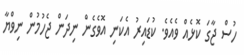
ހުސް ޖާގަ ކޮޅެއް ވެއެވެ. ކުޑައިރު އެކަނި އޮވެގެން ނިދަން ޖެހުމުން ނިވްޔާ